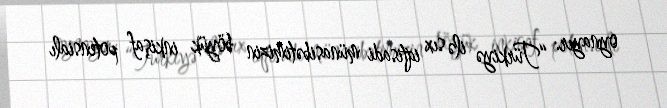
oynayır: “Türkiyə ilə sıx iqtisadi münasibətimizin böyük inkişaf potensialı